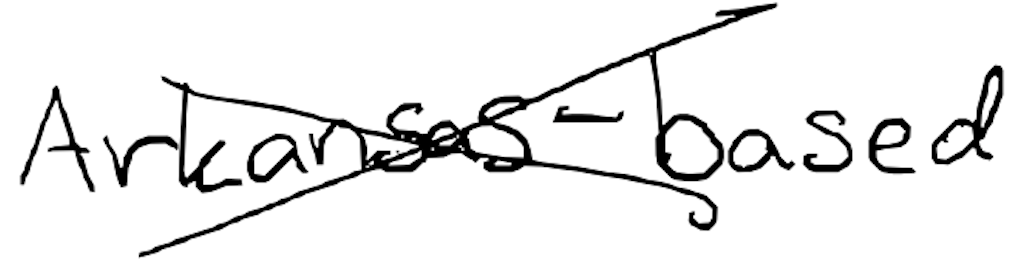
Text: Arkansas-based
Cross-out: cross
Writing tool: digital_black